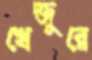
খেজুরে